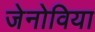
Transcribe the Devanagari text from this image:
जेनोविया